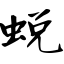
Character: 蜕